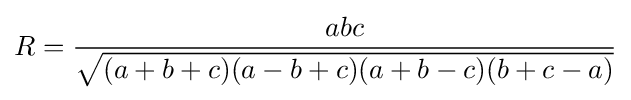
R={\frac {abc}{\sqrt {(a+b+c)(a-b+c)(a+b-c)(b+c-a)}}}